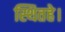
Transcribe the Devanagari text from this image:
स्थितहे।